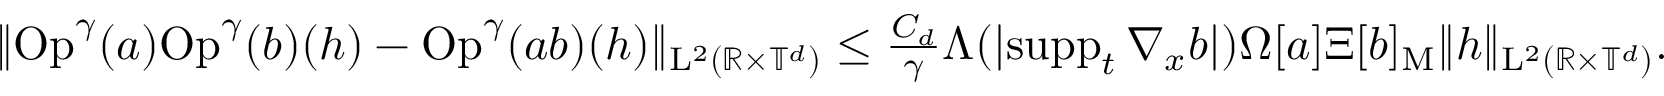
\begin{array} { r } { \Vert \mathrm { O p } ^ { \gamma } ( a ) \mathrm { O p } ^ { \gamma } ( b ) ( h ) - \mathrm { O p } ^ { \gamma } ( a b ) ( h ) \Vert _ { \mathrm { L } ^ { 2 } ( \mathbb R \times \mathbb T ^ { d } ) } \leq \frac { C _ { d } } { \gamma } \Lambda ( \vert \mathrm { s u p p } _ { t } \, \nabla _ { x } b \vert ) \Omega [ a ] \Xi [ b ] _ { \mathrm { M } } \Vert h \Vert _ { \mathrm { L } ^ { 2 } ( \mathbb R \times \mathbb T ^ { d } ) } . } \end{array}